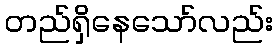
တည်ရှိနေသော်လည်း